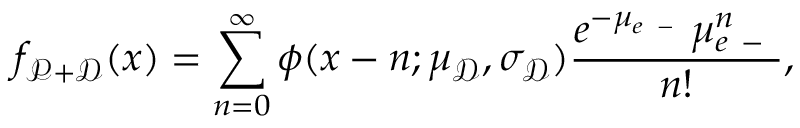
f _ { \mathscr P + \mathscr D } ( x ) = \sum _ { n = 0 } ^ { \infty } \phi ( x - n ; \mu _ { \mathscr D } , \sigma _ { \mathscr D } ) \frac { e ^ { - \mu _ { e \mathrm { ~ - ~ } } } \mu _ { e \mathrm { ~ - ~ } } ^ { n } } { n ! } ,